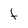
Character: f